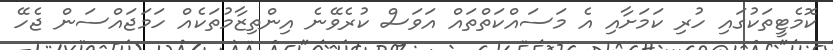
ކޮމެޓީތަކުގައި ހުރި ކަމަށާއި އެ މަސައްކަތްތައް އަވަސް ކުރެވޭނެ އިންތިޒާމުތަކެއް ހަމަޖައްސަން ޖެހޭ